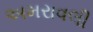
અમરાવલી